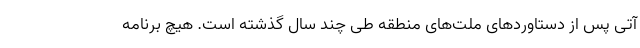
آتی پس از دستاوردهای ملت‌های منطقه طی چند سال گذشته است. هیچ برنامه